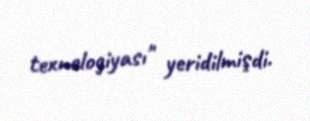
texnologiyası" yeridilmişdi.